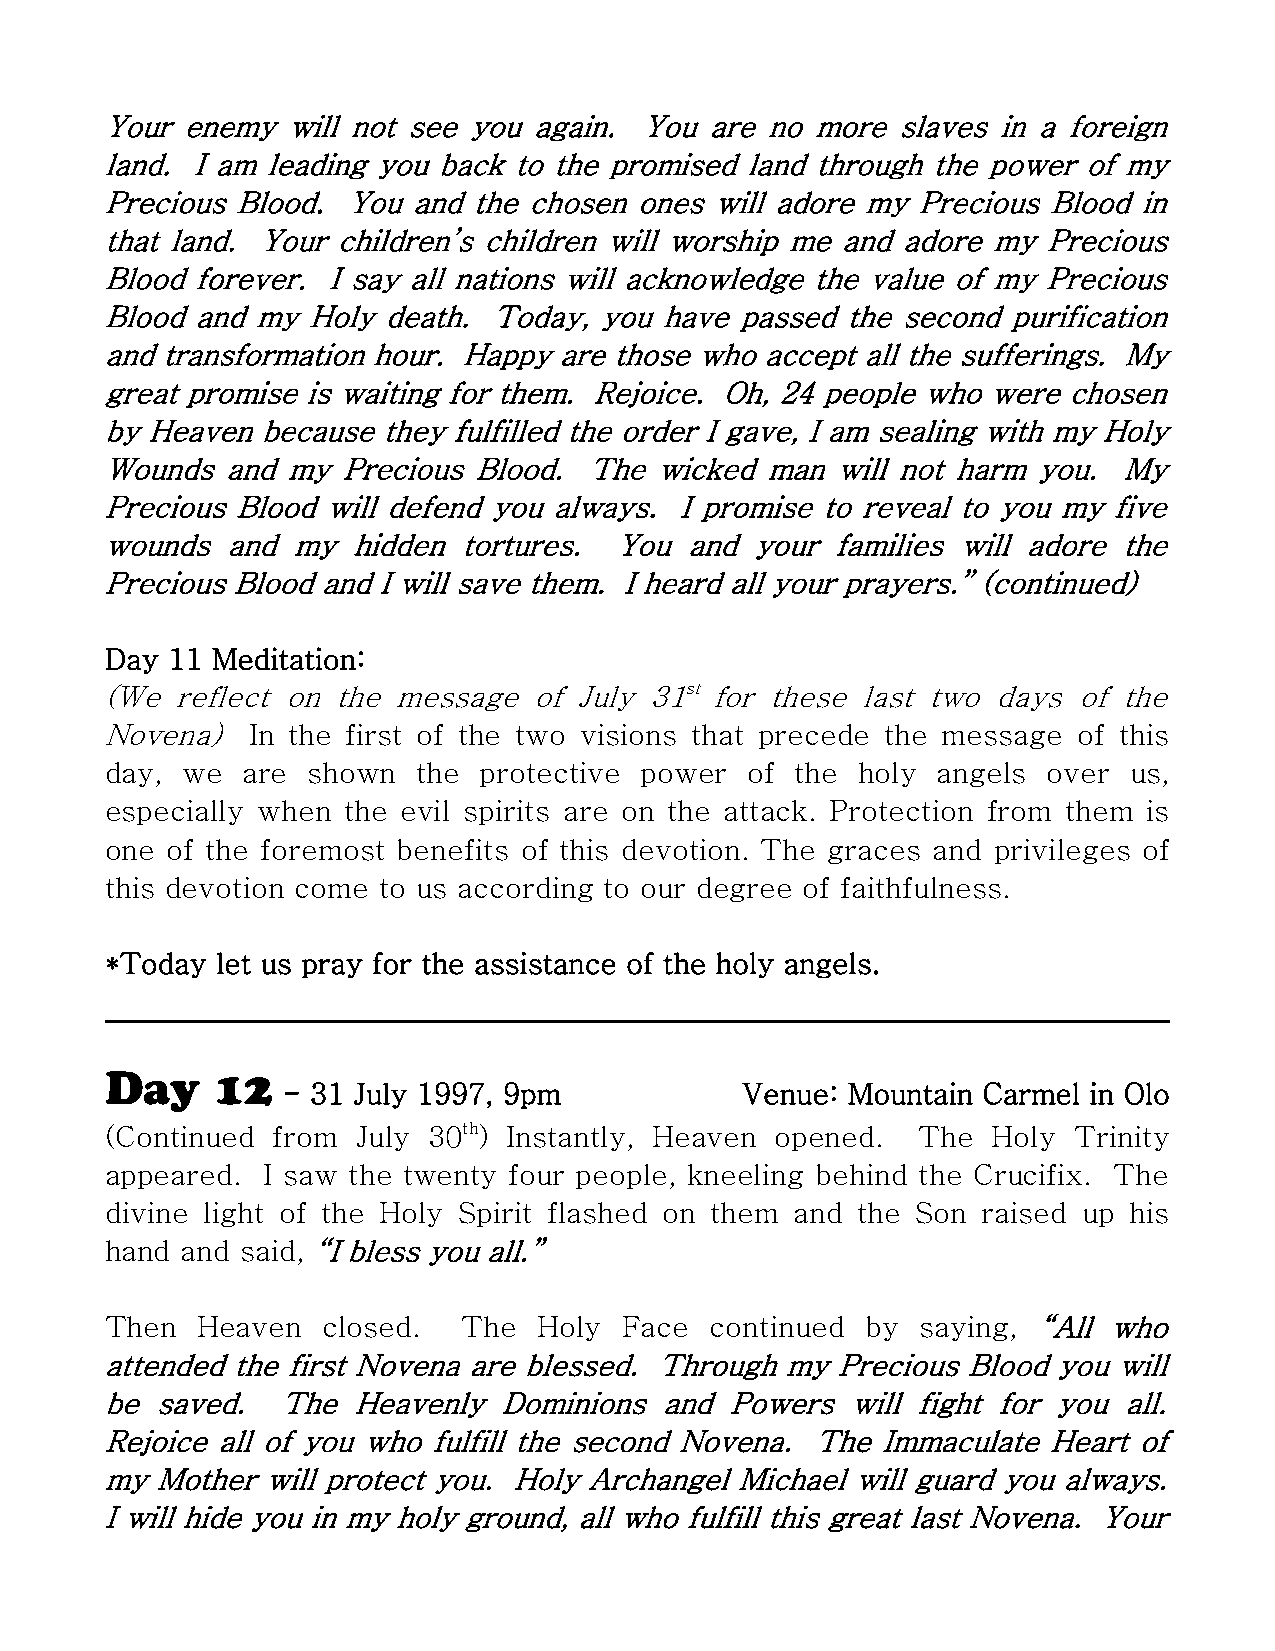
Your enemy  will not see you again. You are no more slaves in a foreign
 land. I am leading you back to the promised land through the power of my
 Precious Blood. You and the chosen ones will adore my Precious Blood in
 that land. Your children’s children will worship me and adore my Precious
 Blood forever. I say all nations will acknowledge the value of my Precious
 Blood and my Holy death.  Today, you have passed the second purification
 and transformation hour. Happy are those who accept all the sufferings. My
 great promise is waiting for them. Rejoice. Oh, 24 people who were chosen
 by Heaven because they fulfilled the order I gave, I am sealing with my Holy
 Wounds  and my  Precious Blood. The wicked  man will not harm you. My
 Precious Blood will defend you always. I promise to reveal to you my five
 wounds  and my  hidden  tortures. You and  your families will adore the
 Precious Blood and I will save them. I heard all your prayers.” (continued)
 Day 11 Meditation:
 (We  reflect on the message of July 31st for these last two days of the
 Novena)  In the first of the two visions that precede the message of this
 day, we  are shown   the protective power  of the holy angels over  us,
 especially when the evil spirits are on the attack. Protection from them is
 one of the foremost benefits of this devotion. The graces and privileges of
 this devotion come to us according to our degree of faithfulness.
 *Today let us pray for the assistance of the holy angels.
 Day    12
 - 31 July 1997, 9pm           Venue: Mountain Carmel in Olo
 (Continued from  July 30th) Instantly, Heaven opened. The  Holy Trinity
 appeared. I saw the twenty four people, kneeling behind the Crucifix. The
 divine light of the Holy Spirit flashed on them and the Son raised up his
 hand and said, “I bless you all.”
 Then  Heaven  closed.   The  Holy Face  continued by  saying, “All who
 attended the first Novena are blessed. Through my Precious Blood you will
 be saved.   The Heavenly  Dominions  and Powers  will fight for you all.
 Rejoice all of you who fulfill the second Novena. The Immaculate Heart of
 my Mother  will protect you. Holy Archangel Michael will guard you always.
 I will hide you in my holy ground, all who fulfill this great last Novena. Your